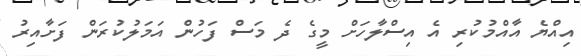
އިއްޔެ އާއްމުކުރި އެ އިސްލާހަށް މީގެ ދެ މަސް ފަހުން އަމަލުކުރަން ފަށާއިރު